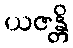
ယဇန္တိ